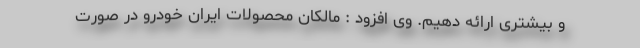
و بیشتری ارائه دهیم. وی افزود : مالکان محصولات ایران خودرو در صورت